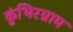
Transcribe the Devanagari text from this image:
कुंभिरग्राम